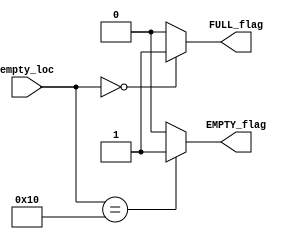
module FIFO_CMP_new  #(parameter ADDR_WIDTH = 4)(


    input   wire    [ADDR_WIDTH     : 0]        empty_loc,

    output  reg                                 FULL_flag,
    output  reg                                 EMPTY_flag        
);

    localparam SIZE = 2**ADDR_WIDTH ;

    // full logic
    always @(* ) begin
        if(empty_loc == 'd0)
            FULL_flag <= 1'b1;
        else
            FULL_flag <= 1'b0;
    end


    // empty logic
    always @(* ) begin
        if( empty_loc == SIZE)
            EMPTY_flag <= 1'b1;
        else
            EMPTY_flag <= 1'b0;
    end

    
endmodule